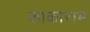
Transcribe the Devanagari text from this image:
काकाराम